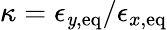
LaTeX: \kappa=\epsilon_{\mathit{y},\mathrm{{eq}}}/\epsilon_{x,\mathrm{{eq}}}